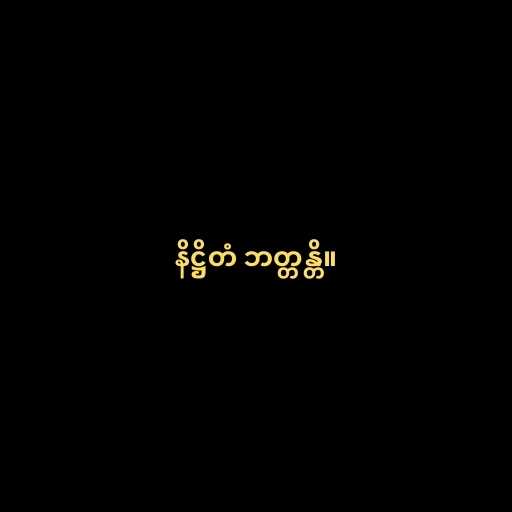
နိဋ္ဌိတံ ဘတ္တန္တိ။